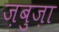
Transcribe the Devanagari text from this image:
ज़बुज़ा